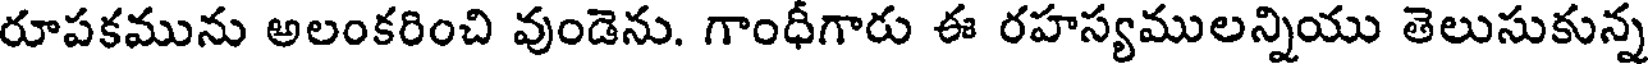
రూపకమును అలంకరించి వుండెను. గాంధీగారు ఈ రహస్యములన్నియు తెలుసుకున్న